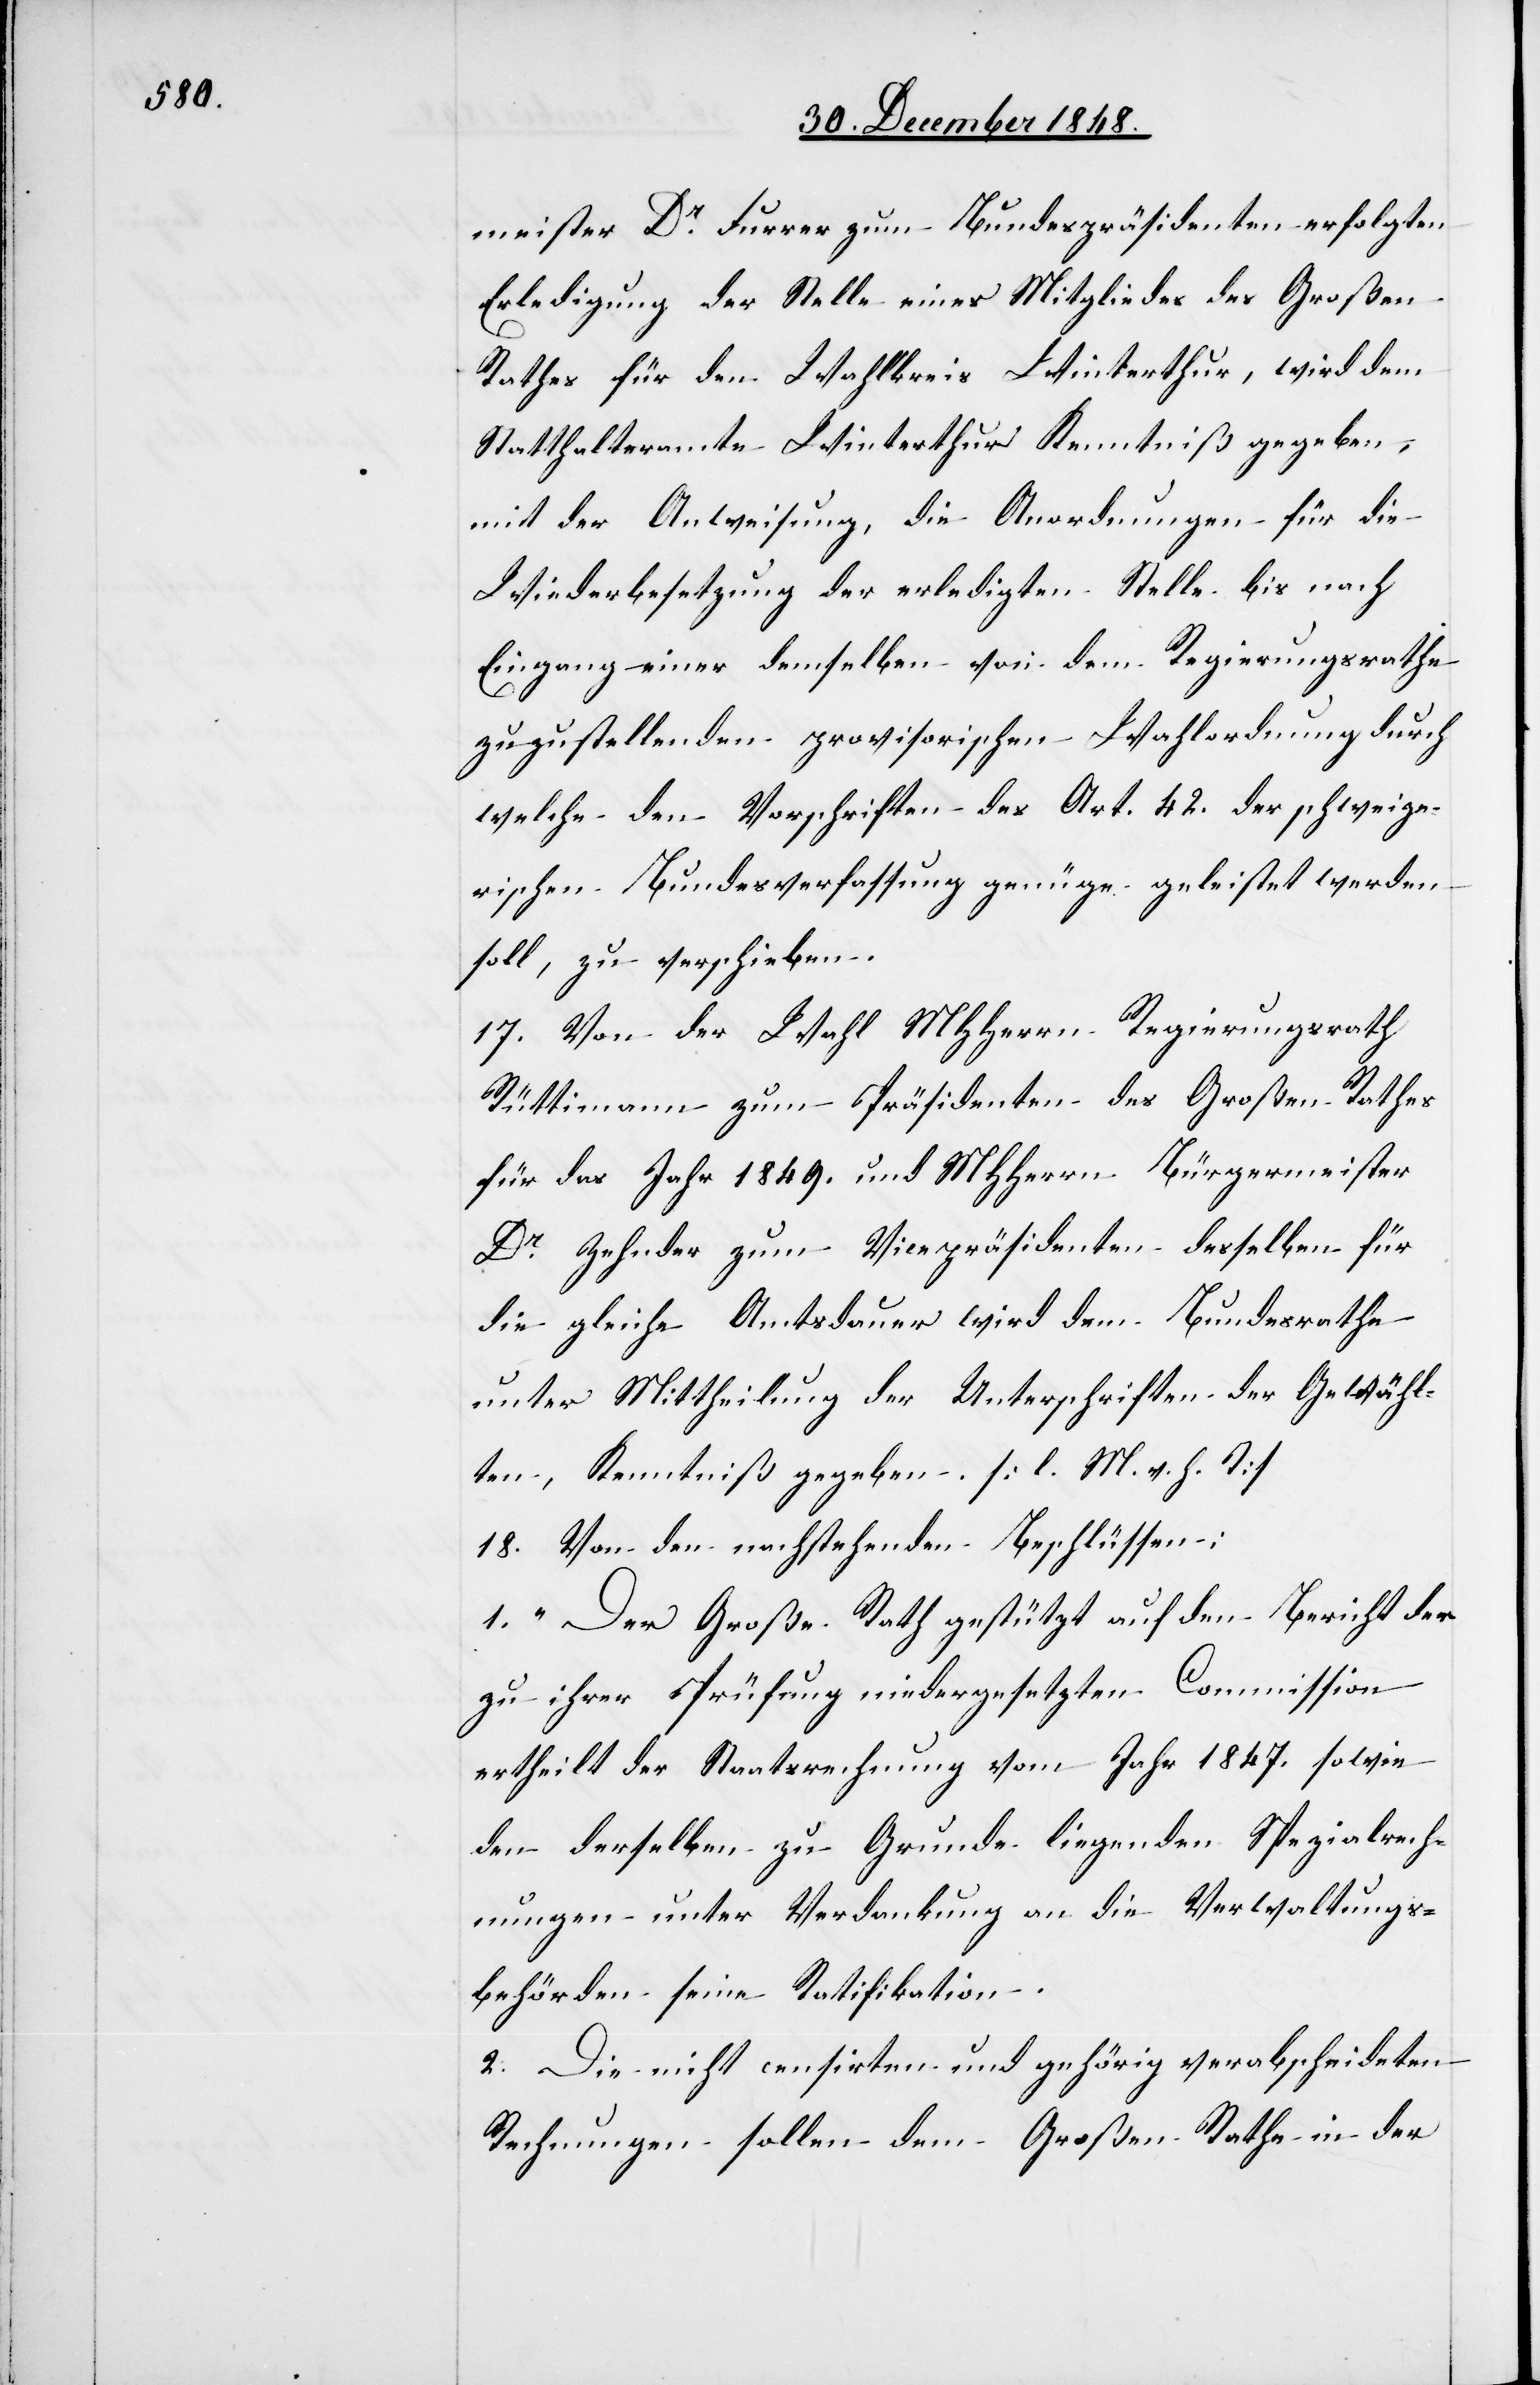
meister Dr Furrer zum Bundespräsidenten erfolgten
Erledigung der Stelle eines Mitgliedes des Großen
Rathes für den Wahlkreis Winterthur, wird dem
Statthalteramte Winterthur Kenntniß gegeben,
mit der Anweisung, die Anordnungen für die
Wiederbesetzung der erledigten Stelle bis nach
Eingang einer demselben von dem Regierungsrathe
zuzustellenden provisorischen Wahlordnung durch
welche den Vorschriften des Art. 42. der schweize¬
rischen Bundesverfassung genüge geleistet werden
soll, zu verschieben.
17. Von der Wahl MHHerrn Regierungsrath
Rüttimann zum Präsidenten des Großen Rathes
für das Jahr 1849. und MHHerrn Bürgermeister
Dr Zehnder zum Vicepräsidenten desselben für
die gleiche Amtsdauer wird dem Bundesrathe
unter Mittheilung der Unterschriften der Gewähl¬
ten, Kenntniß gegeben. [l. M. v. h. T]
18. Von den nachstehenden Beschlüssen:
1. „Der Große Rath gestützt auf den Bericht der
zu ihrer Prüfung niedergesetzten Commission
ertheilt der Staatsrechnung vom Jahr 1847. sowie
den derselben zu Grunde liegenden Spezialrech¬
nungen unter Verdankung an die Verwaltungs¬
behörden seine Ratifikation.
2. Die nicht censirten und gehörig verabscheideten
Rechnungen sollen dem Großen Rathe in der